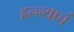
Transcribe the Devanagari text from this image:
हल्ल्याचं